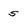
Character: 5